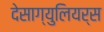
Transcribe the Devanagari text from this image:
देसाग्युलियर्स